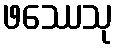
ဖဿေသု